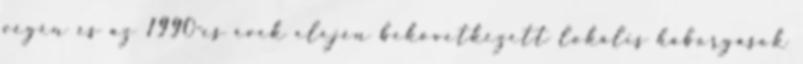
végén és az 1990-es évek elején bekövetkezett lokális háborgások